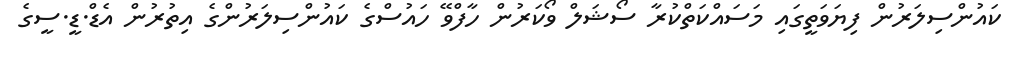
ކައުންސިލަރުން ފިޔަވަތީގައި މަސައްކަތްކުރާ ސޯޝަލް ވޯކަރުން ހާފްވޭ ހައުސްގެ ކައުންސިލަރުންގެ އިތުރުން އެޑް.ޑީ.ސީގެ